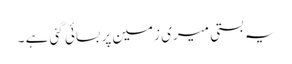
یہ بستی میری زمین پر بسائی گئی ہے ۔